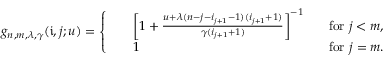
g _ { n , m , \lambda , \gamma } ( \mathfrak { i } , j ; u ) = \left\{ \begin{array} { l l } { \begin{array} { r l r } & { \left[ 1 + \frac { u + \lambda ( n - j - i _ { j + 1 } - 1 ) ( i _ { j + 1 } + 1 ) } { \gamma ( i _ { j + 1 } + 1 ) } \right] ^ { - 1 } \; \; } & { \mathrm { ~ f o r ~ } j < m , } \\ & { 1 \; \; } & { \mathrm { ~ f o r ~ } j = m . } \end{array} } \end{array} \right.